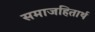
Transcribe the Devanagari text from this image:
समाजहितार्थ